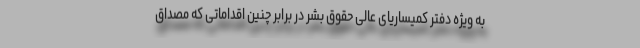
به ویژه دفتر کمیساریای عالی حقوق بشر در برابر چنین اقداماتی که مصداق